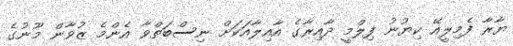
ޔާރާ ފެމިލީއޭ ކިޔުނު ފިލްމީ ދާއިރާގެ އާއިލާއަކަށް ނިސްބަތްވާ އެންމެ ޒުވާން މޫނުގެ